Heimtali_vallavalitsus, lk 19
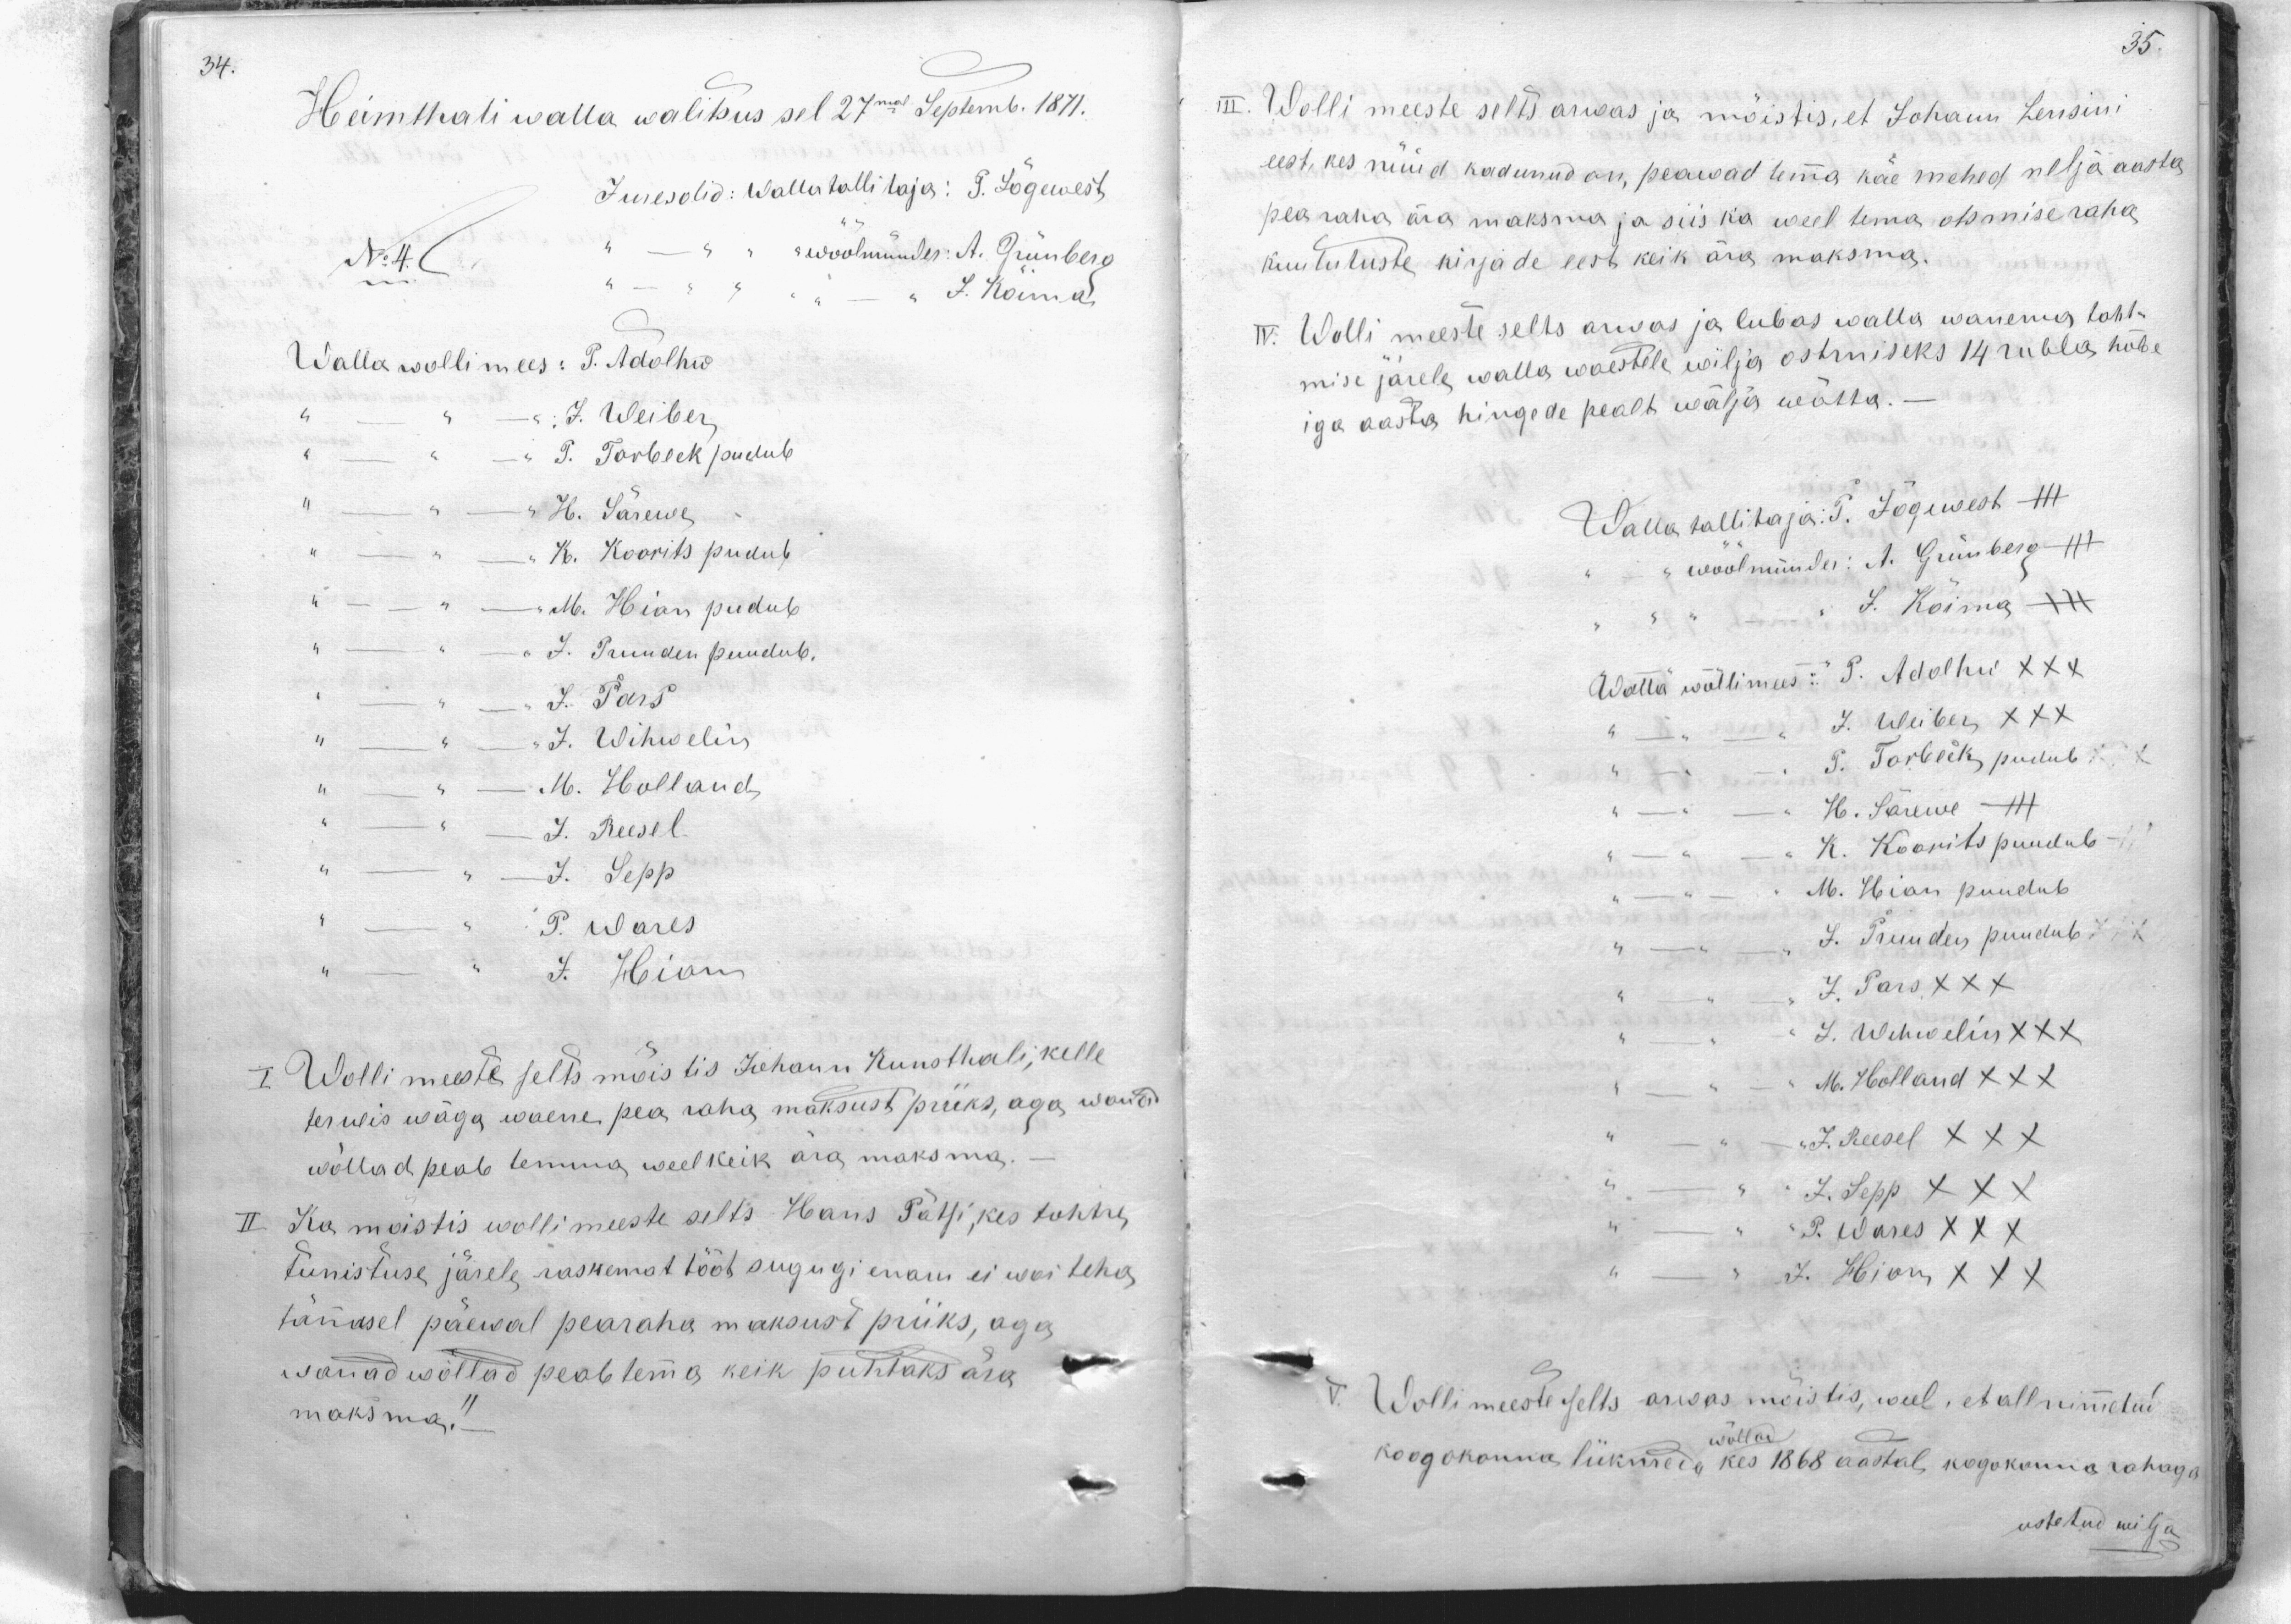
Heimthali walla walitsus sel 27mal Septemb. 1871.
Juresolid: Wallatollitaja: P. Jõgewest
No 4.
woöömünder: A. Grünberg
J. Koima
Walla wollimees: P. Adolhw
J. Weiber
P. Torbek pudub
"H. Särewe
K. Koorits pudub
M. Hion pudub
J. Truuden puudub.
J. Pars
J. Wihwelin
M. Holland
J. Reesel
J. Sepp
P. Wares
J. Hion
I. Wollimeeste selts mõistis Johann Kunsthali, kelle
terwis wäga waene pea raha maksust priiks, aga wanad
wõllad peab temma weel keik ära maksma.
II Ka mõistis wollimeeste selts Hans Pätsi, kes tohtre,
tunnistuse järele raskemat tööt sugugi enam ei woi teha,
tänasel päewal pearaha maksust priiks, aga
wanad wõllad peab tema keik puhtaks ära
maksma.

III. Wolli meeste selts arwas ja mõistis, et Johann Lensini
eest, kes nüüd kadunud on, peawad tema käe mehed nelja aasta
pea raha ära maksma ja siis ka weel tema otsmise raha
kuulutuste kirjade eest keik ära maksma.
IV. Wolli meeste selts arvas ja lubas walla wanema taht-
mise järele walla waestele wilja ostmiseks 14 rubla hõbe
iga aasta hingede pealt wälja wõtta.
Walla tallitaja: P. Jõgewest
wöölmünder: A. Grünberg +++
J. Koima XXX
Walla wollimees: P. Adolhw XXX
J. Weiber XXX
T. Torbeks pudub.
H. Särewe - III
K. Koorits puudub.
M. Hoian puudub
J. Truudus puudub X
J. Pars XXX
J. Wehewelin XXX
M. Holland XXX
J. Reesel XXX
J. Sepp XXX
P. Wares XXX
J. Hion XXX
V Wollimeeste selts arwas mõistis, weel, et all nimetud
koogokonna liikmed, võllad kes 1868 aastal, kogukonna rahaga
ostetud wilja